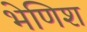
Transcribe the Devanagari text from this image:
भेणिश